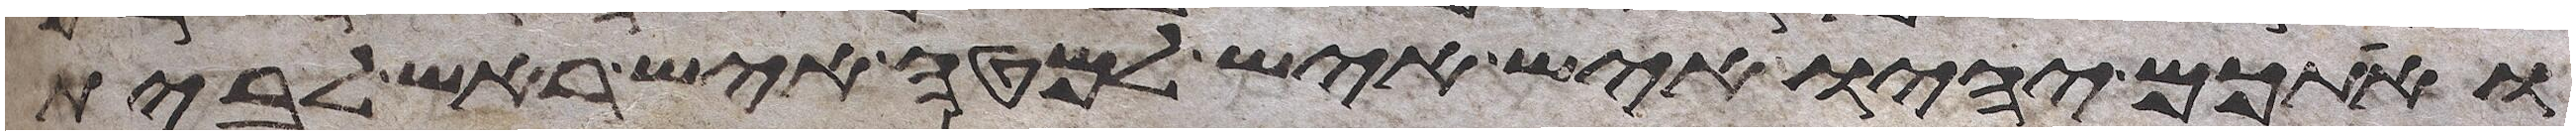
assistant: ואתכם יהיו איש איש למטה איש ראש לבית